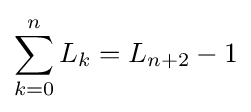
\sum _{k=0}^{n}L_{k}=L_{n+2}-1